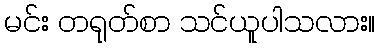
မင်း တရုတ်စာ သင်ယူပါသလား။